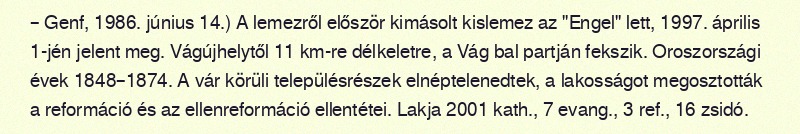
– Genf, 1986. június 14.) A lemezről először kimásolt kislemez az "Engel" lett, 1997. április 1-jén jelent meg. Vágújhelytől 11 km-re délkeletre, a Vág bal partján fekszik. Oroszországi évek 1848–1874. A vár körüli településrészek elnéptelenedtek, a lakosságot megosztották a reformáció és az ellenreformáció ellentétei. Lakja 2001 kath., 7 evang., 3 ref., 16 zsidó.